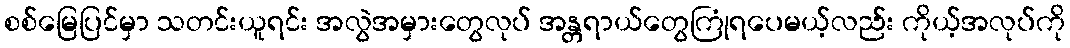
စစ်မြေပြင်မှာ သတင်းယူရင်း အလွဲအမှားတွေလုပ် အန္တရာယ်တွေကြုံရပေမယ့်လည်း ကိုယ့်အလုပ်ကို